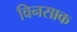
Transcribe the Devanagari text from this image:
विनसाक